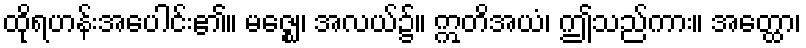
ထိုရဟန်းအပေါင်း၏။ မဇ္ဈေ၊ အလယ်၌။ ဣတိအယံ၊ ဤသည်ကား။ အတ္ထော၊